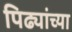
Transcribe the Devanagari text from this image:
पिढ्यांच्‍या